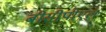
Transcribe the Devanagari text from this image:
बीसीपीएल